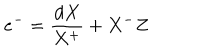
e ^ { - } = \frac { d X } { X ^ { + } } + X ^ { - } Z